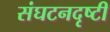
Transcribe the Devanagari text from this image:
संघटनदृष्टी